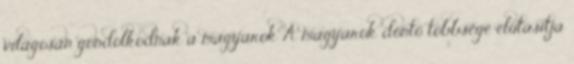
világosan gondolkodnak a magyarok A magyarok döntő többsége elutasítja